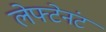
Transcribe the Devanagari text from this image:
लेफ्टेनंट